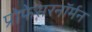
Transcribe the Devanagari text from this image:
प्रोफेसरनॉर्मन